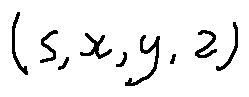
( s , x , y , z )